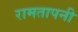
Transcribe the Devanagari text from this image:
रामतापनी